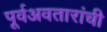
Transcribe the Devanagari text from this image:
पूर्वअवतारांची